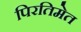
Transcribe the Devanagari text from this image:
पिरतिमेत